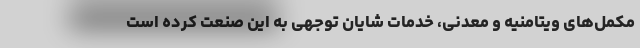
مکمل‌های ویتامنیه و معدنی، خدمات شایان توجهی به این صنعت کرده است